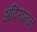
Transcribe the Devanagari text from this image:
अदियमान